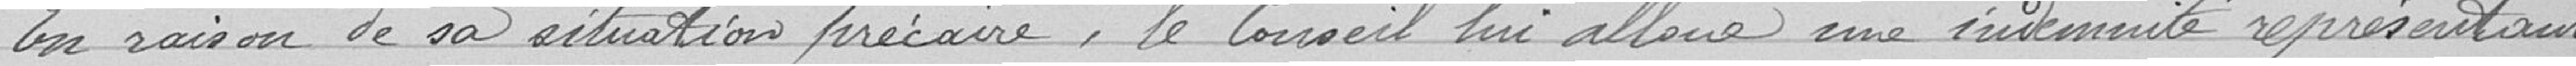
En raison de sa situation précaire, le Conseil lui alloue une indemnité représentant